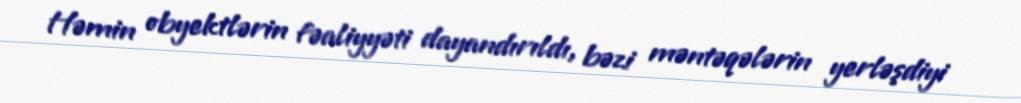
Həmin obyektlərin fəaliyyəti dayandırıldı, bəzi məntəqələrin yerləşdiyi